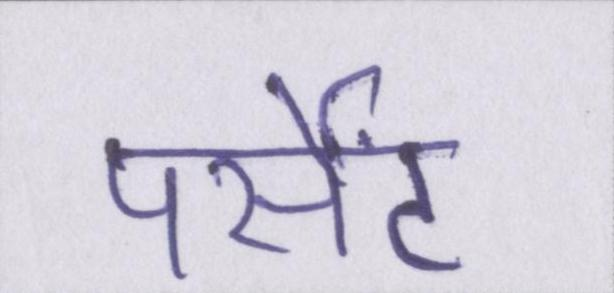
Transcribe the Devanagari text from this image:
पर्सेंट